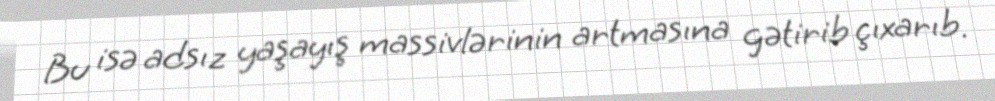
Bu isə adsız yaşayış massivlərinin artmasına gətirib çıxarıb.